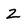
Character: z